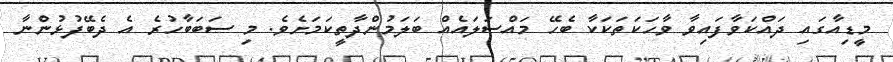
މީޑިއާގައި ދައްކަވާފައިވާ ވާހަކަތަކަކާ ބެހޭ މައްސަލައެއް ބަލަމުންދާތީކަމަށެވެ. މި ސަބަބާހުރެ އެ ދެބޭފުޅުންނާ